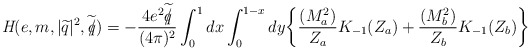
\begin{align*}\textit{H}(e,m,|\widetilde{q}|^{2},\widetilde{q\hspace{-0.2cm}/})=-\frac{4e^{2}\widetilde{q\hspace{-0.2cm}/}}{(4\pi)^{2}}\int_{0}^{1}dx\int_{0}^{1-x}dy\biggl\{\frac{(M^{2}_{a})}{Z_{a}}K_{-1}(Z_{a})+\frac{(M^{2}_{b})}{Z_{b}}K_{-1}(Z_{b})\biggr\}\end{align*}